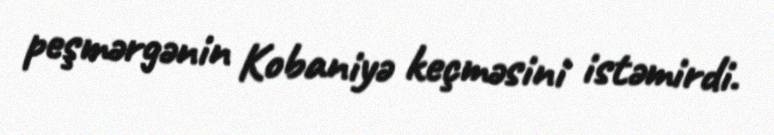
peşmərgənin Kobaniyə keçməsini istəmirdi.